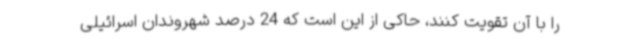
را با آن تقویت کنند، حاکی از این است که 24 درصد شهروندان اسرائیلی